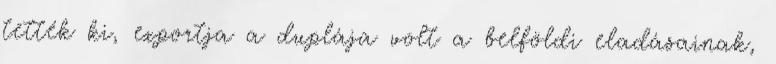
tették ki, exportja a duplája volt a belföldi eladásainak,